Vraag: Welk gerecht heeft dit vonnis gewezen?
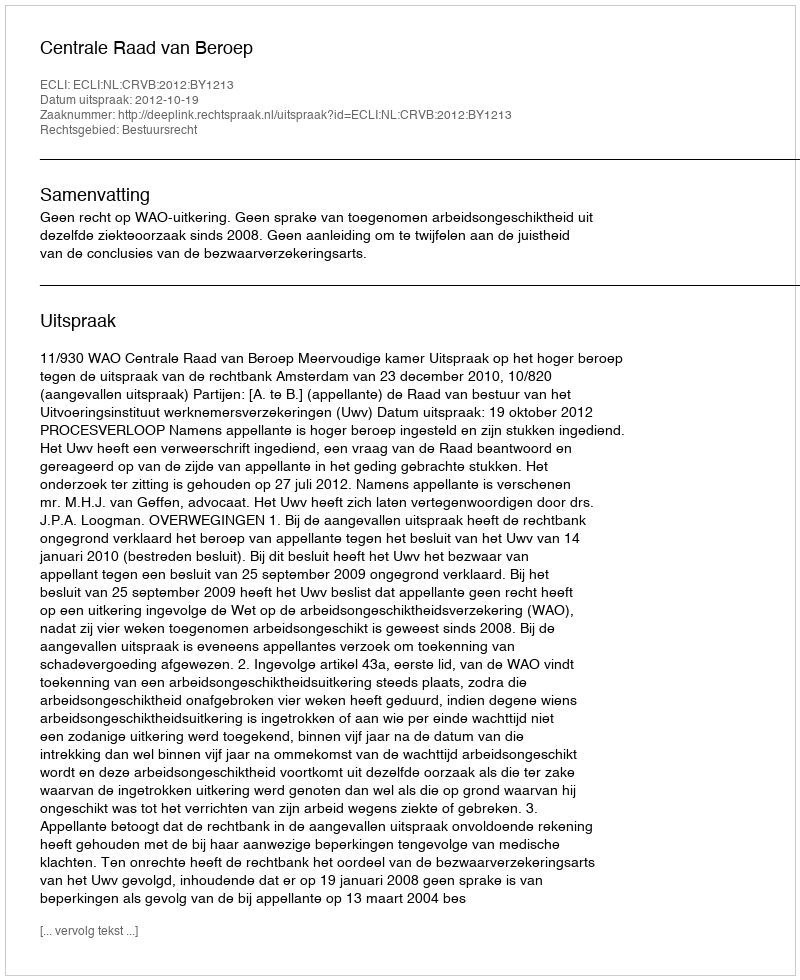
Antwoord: Centrale Raad van Beroep